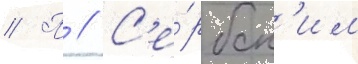
// П // С'е́рбск'им